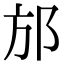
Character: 邡